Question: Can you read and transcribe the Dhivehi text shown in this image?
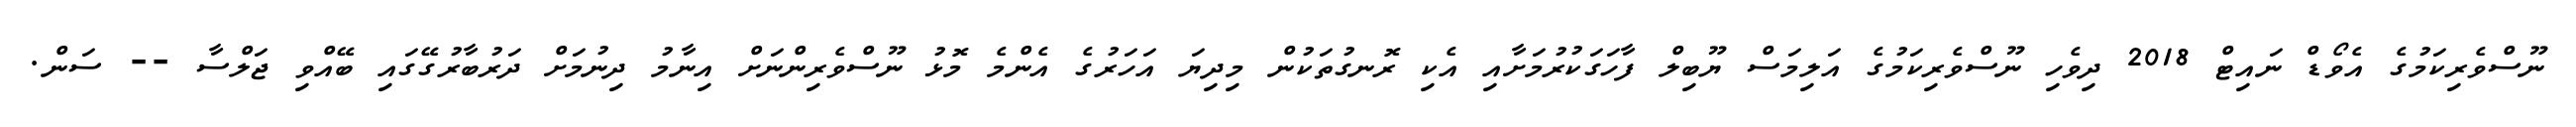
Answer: ނޫސްވެރިކަމުގެ އެވޯޑް ނައިޓް 2018 ދިވެހި ނޫސްވެރިކަމުގެ އަލިމަސް ޔޫބިލް ފާހަގަކުރުމަށާއި އެކި ރޮނގުތަކުން މިދިޔަ އަހަރުގެ އެންމެ މޮޅު ނޫސްވެރިންނަށް އިނާމު ދިނުމަށް ދަރުބާރުގޭގައި ބޭއްވި ޖަލްސާ -- ސަން.